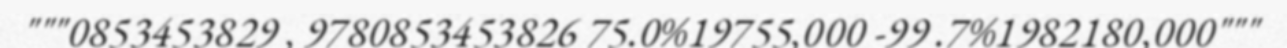
"""0853453829 , 9780853453826 75.0%19755,000 -99 .7%1982180,000"""